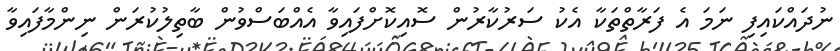
ނުދައްކައިފި ނަމަ އެ ފަރާތްތަކާ އެކު ސަރުކާރުން ސޮއިކޮށްފައިވާ އެއްބަސްވުން ބާތިލުކުރަން ނިންމާފައިވާ